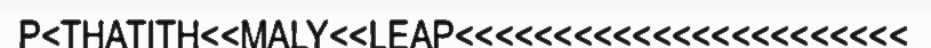
P<THATITH<<MALY<<LEAP<<<<<<<<<<<<<<<<<<<<<<<